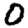
Digit: 0